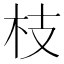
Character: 枝